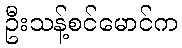
ဦးသန့်စင်မောင်က